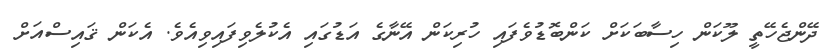
ދޭންޖެހޭތީ ލޫކަން ހިސާބަކަށް ކަންބޮޑުވެފައި ހުރިކަން އޭނާގެ އަޑުގައި އެކުލެވިފައިވިއެވެ. އެކަން ޤައިސްއަށް